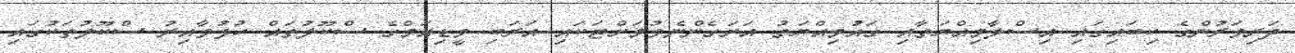
ދަރިވަރުންގެ ކިބައިގައި އިސްލާމިއްޔަތާއި ގައުމިއްޔަތު އަށަގެންނެވުމަށްޓަކައި އަރަބި މީޑިއަމްގެ ސްކޫލުތައް ހުޅުވާއިރު ސްކޫލުތަކުގައި